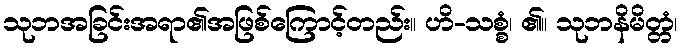
သုဘအခြင်းအရာ၏အဖြစ်ကြောင့်တည်း။ ဟိ-သစ္စံ၊ ၏။ သုဘနိမိတ္တံ၊